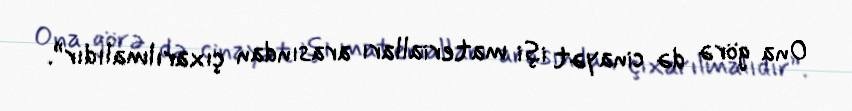
Ona görə də cinayət işi materialları arasından çıxarılmalıdır”.